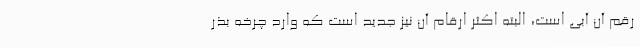
رقم آن آبی است، البته اکثر ارقام آن نیز جدید است که وارد چرخه بذر